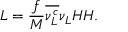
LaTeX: { \cal L } = { \frac { f } { M } } \overline { { { \nu _ { L } ^ { c } } } } \nu _ { L } H H .